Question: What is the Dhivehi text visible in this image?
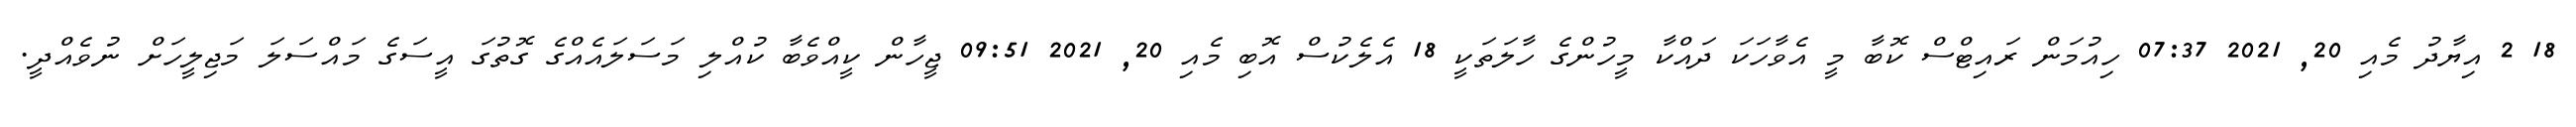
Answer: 18 2 އިޔާދު މެއި 20, 2021 07:37 ހިއުމަން ރައިޓްސް ކޮބާ މީ އެވާހަކަ ދައްކާ މީހުންގެ ހާލަތަކީ 18 އެލެކުސް އޮބި މެއި 20, 2021 09:51 ޖީހާން ކީއްވެބާ ކުއްލި މަސަލައެއްގެ ގޮތުގަ އީސަގެ މައްސަލަ މަޖިލީހަށް ނުވެއްދީ.